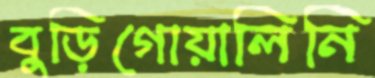
বুড়িগোয়ালিনি